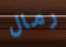
رمال